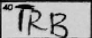
Transcription: TRB